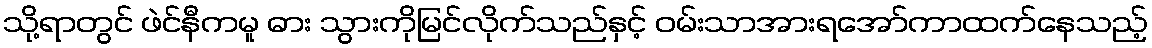
သို့ရာတွင် ဖဲင်နီကမူ ဓား သွားကိုမြင်လိုက်သည်နှင့် ဝမ်းသာအားရအော်ကာထက်နေသည့်